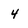
Character: 4